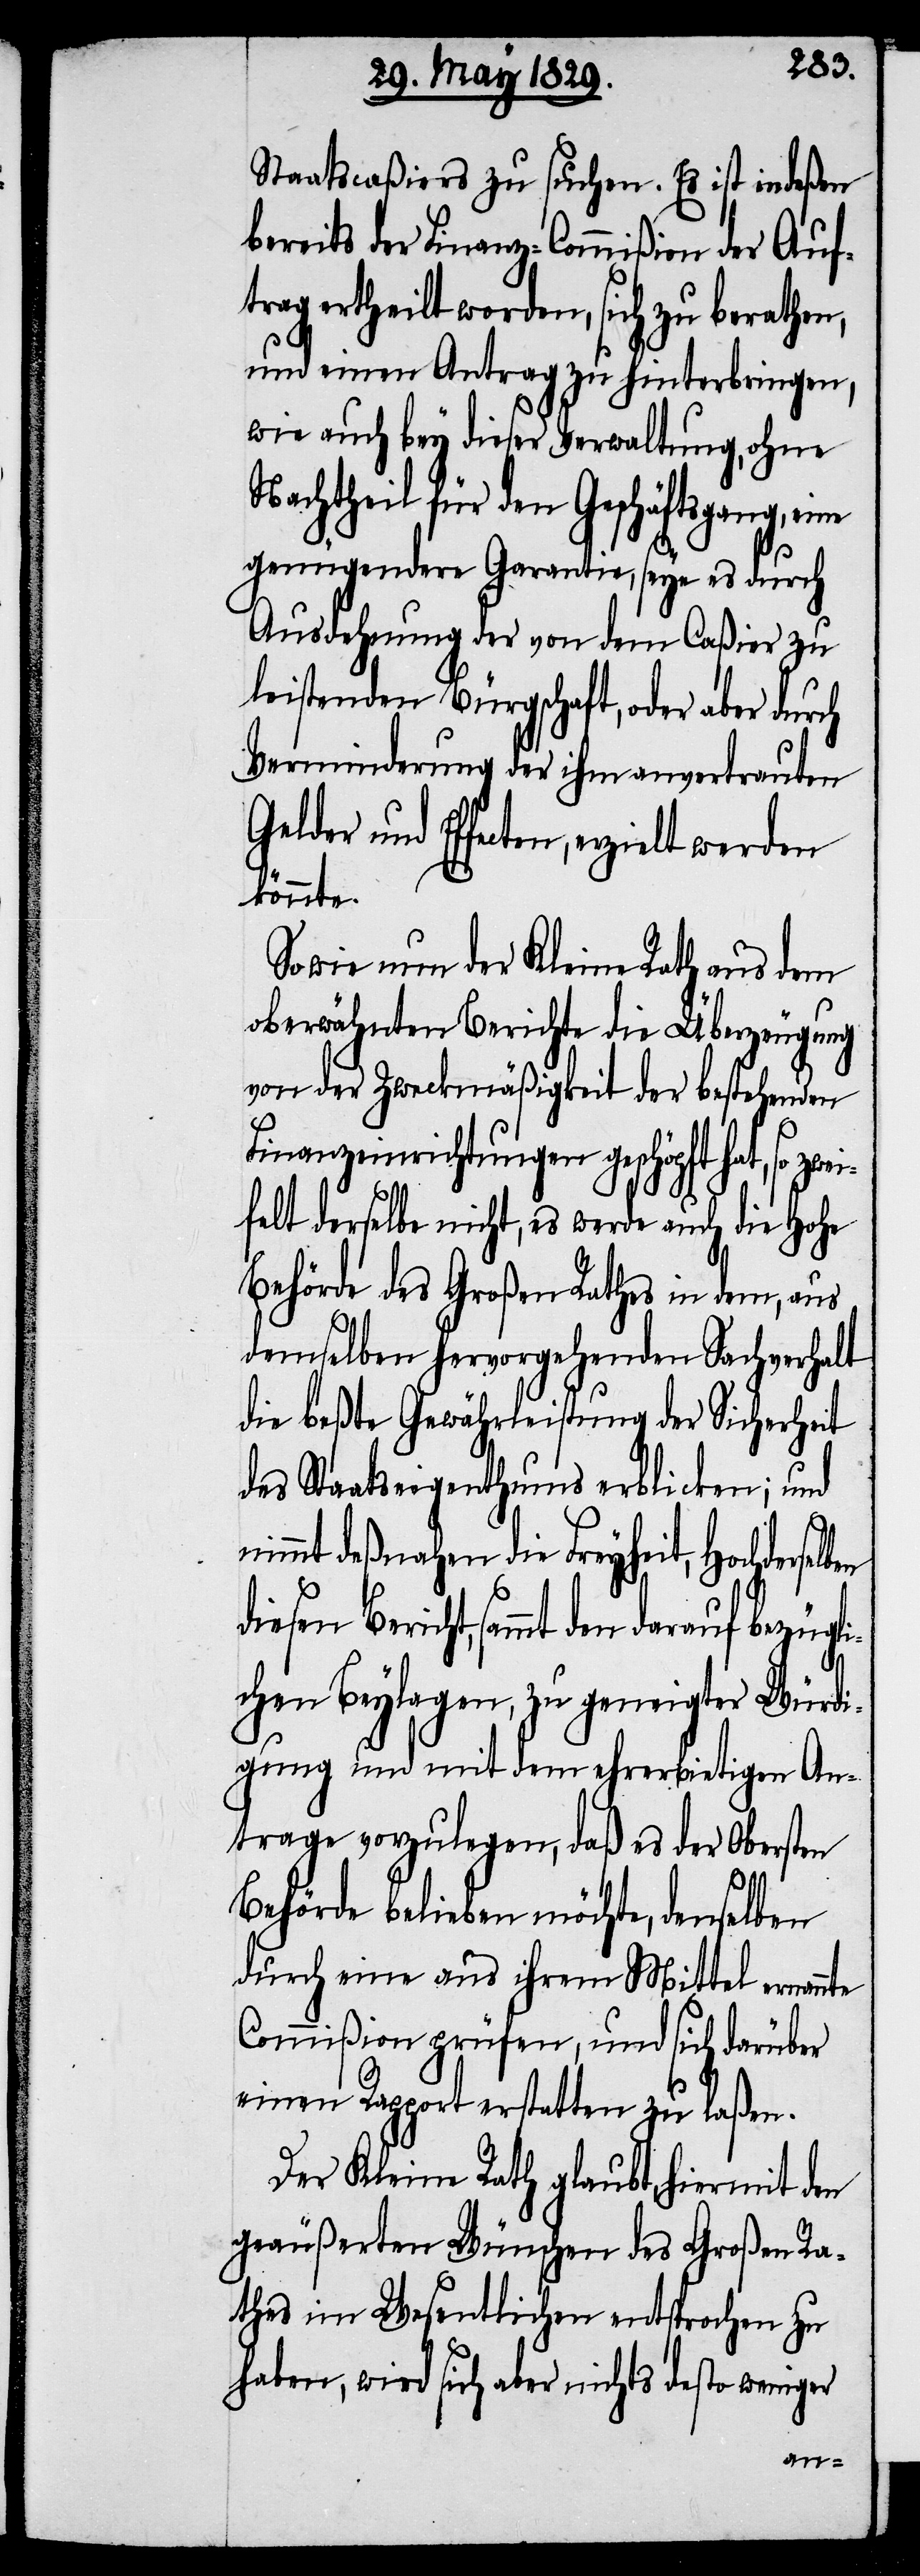
Staatscaßiers zu suchen. Es ist indeßen
bereits der Finanz-Commißion der Auf¬
trag ertheilt worden, sich zu berathen,
und einen Antrag zu hinterbringen,
wie auch bey dieser Verwaltung, ohne
Nachtheil für den Geschäftsgang,
genügendere Garantie, seye es durch
Ausdehnung der von dem Caßier zu
leistenden Bürgschaft, oder aber durch
Verminderung der ihm anvertrauten
Gelder und Effecten, erzielt
könnte.
Sowie nun der Kleine Rath aus dem
oberwähnten Berichte die Überzeugung
von der Zweckmäßigkeit der bestehenden
Finanzeinrichtungen geschöpft hat, so
felt derselbe nicht, es werde auch die Hohe
Behörde des Großen Rathes in dem, aus
demselben hervorgehenden Sachverhalt
die beßte Gewährleistung der Sicherheit
des Staatseigenthums erblicken; und
nimmt deßnahen die Freyheit, Hochdersel¬
diesen Bericht, sammt den darauf be¬
chen Beylagen, zu geneigter Würdi¬
gung und mit dem ehrerbietigen An¬
trage vorzulegen, daß es der Obersten
zügli¬
Behörde belieben möchte, denselben
durch eine aus ihrem Mittel ernannte
Commißion prüfen, und sich darüber
einen Rapport erstatten zu laßen.
Der Kleine Rath glaubt, hiermit den
geäußerten Wünschen des Großen Ra¬
thes im Wesentlichen entsprochen zu
haben, wird sich aber nichts desto weniger